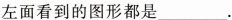
左面看到的图形都是___。